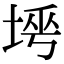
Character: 𡌱